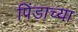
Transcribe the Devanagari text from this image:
पिंडाच्या